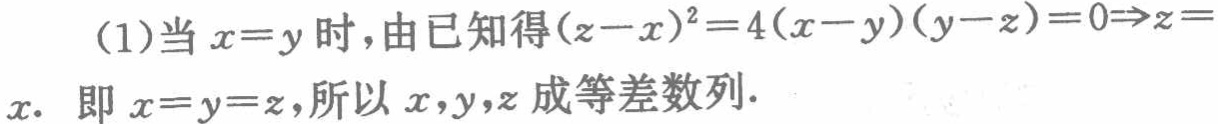
(1)当 \(x = y\) 时，由已知得\((z - x)^2 = 4(x - y)(y - z)=0\Rightarrow z = x\). 即 \(x = y = z\)，所以 \(x,y,z\) 成等差数列.